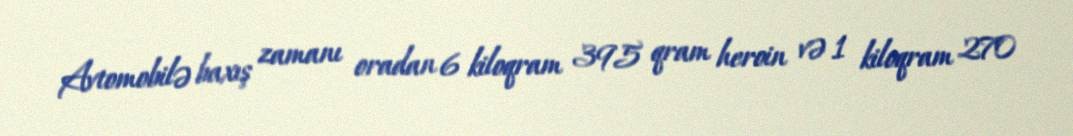
Avtomobilə baxış zamanı oradan 6 kiloqram 395 qram heroin və 1 kiloqram 270